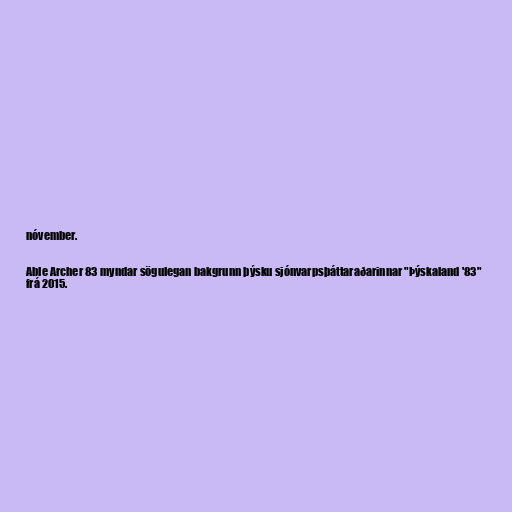
nóvember.

Able Archer 83 myndar sögulegan bakgrunn þýsku sjónvarpsþáttaraðarinnar "Þýskaland '83"
frá 2015.